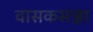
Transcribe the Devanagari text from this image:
वासकसज्जा